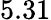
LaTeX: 5.31